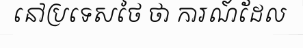
នៅប្រទេសថៃ ថា ការណ៍ដែល